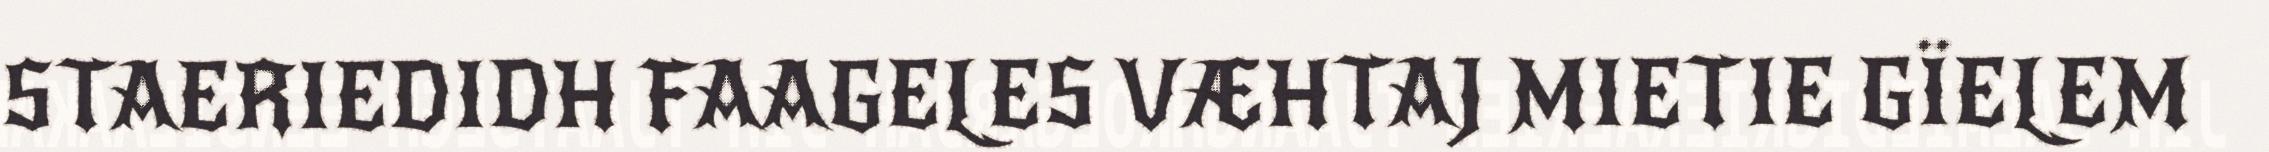
STAERIEDIDH FAAGELES VÆHTAJ MIETIE GÏELEM